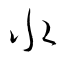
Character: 水